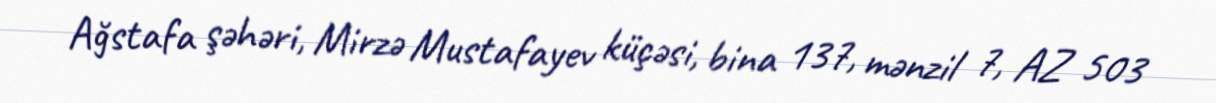
Ağstafa şəhəri, Mirzə Mustafayev küçəsi, bina 137, mənzil 7, AZ 503